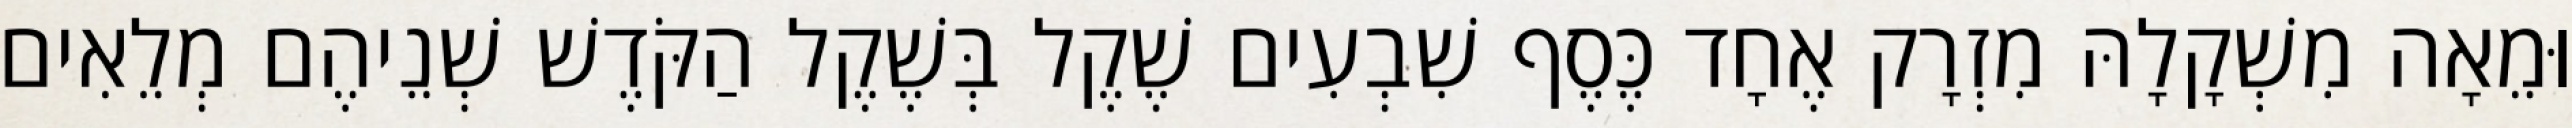
וּמֵאָה מִשְׁקָלָהּ מִזְרָק אֶחָד כֶּסֶף שִׁבְעִים שֶׁקֶל בְּשֶׁקֶל הַקֹּדֶשׁ שְׁנֵיהֶם מְלֵאִים